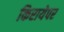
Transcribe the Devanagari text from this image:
किरायेपर